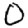
Digit: 0